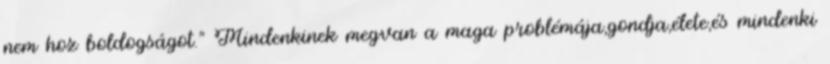
nem hoz boldogságot." Mindenkinek megvan a maga problémája,gondja,élete,és mindenki